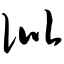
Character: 仳